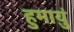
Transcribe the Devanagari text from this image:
हुमाय़ुं